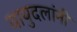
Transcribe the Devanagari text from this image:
वायुदलांनी